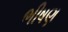
ભીષણ